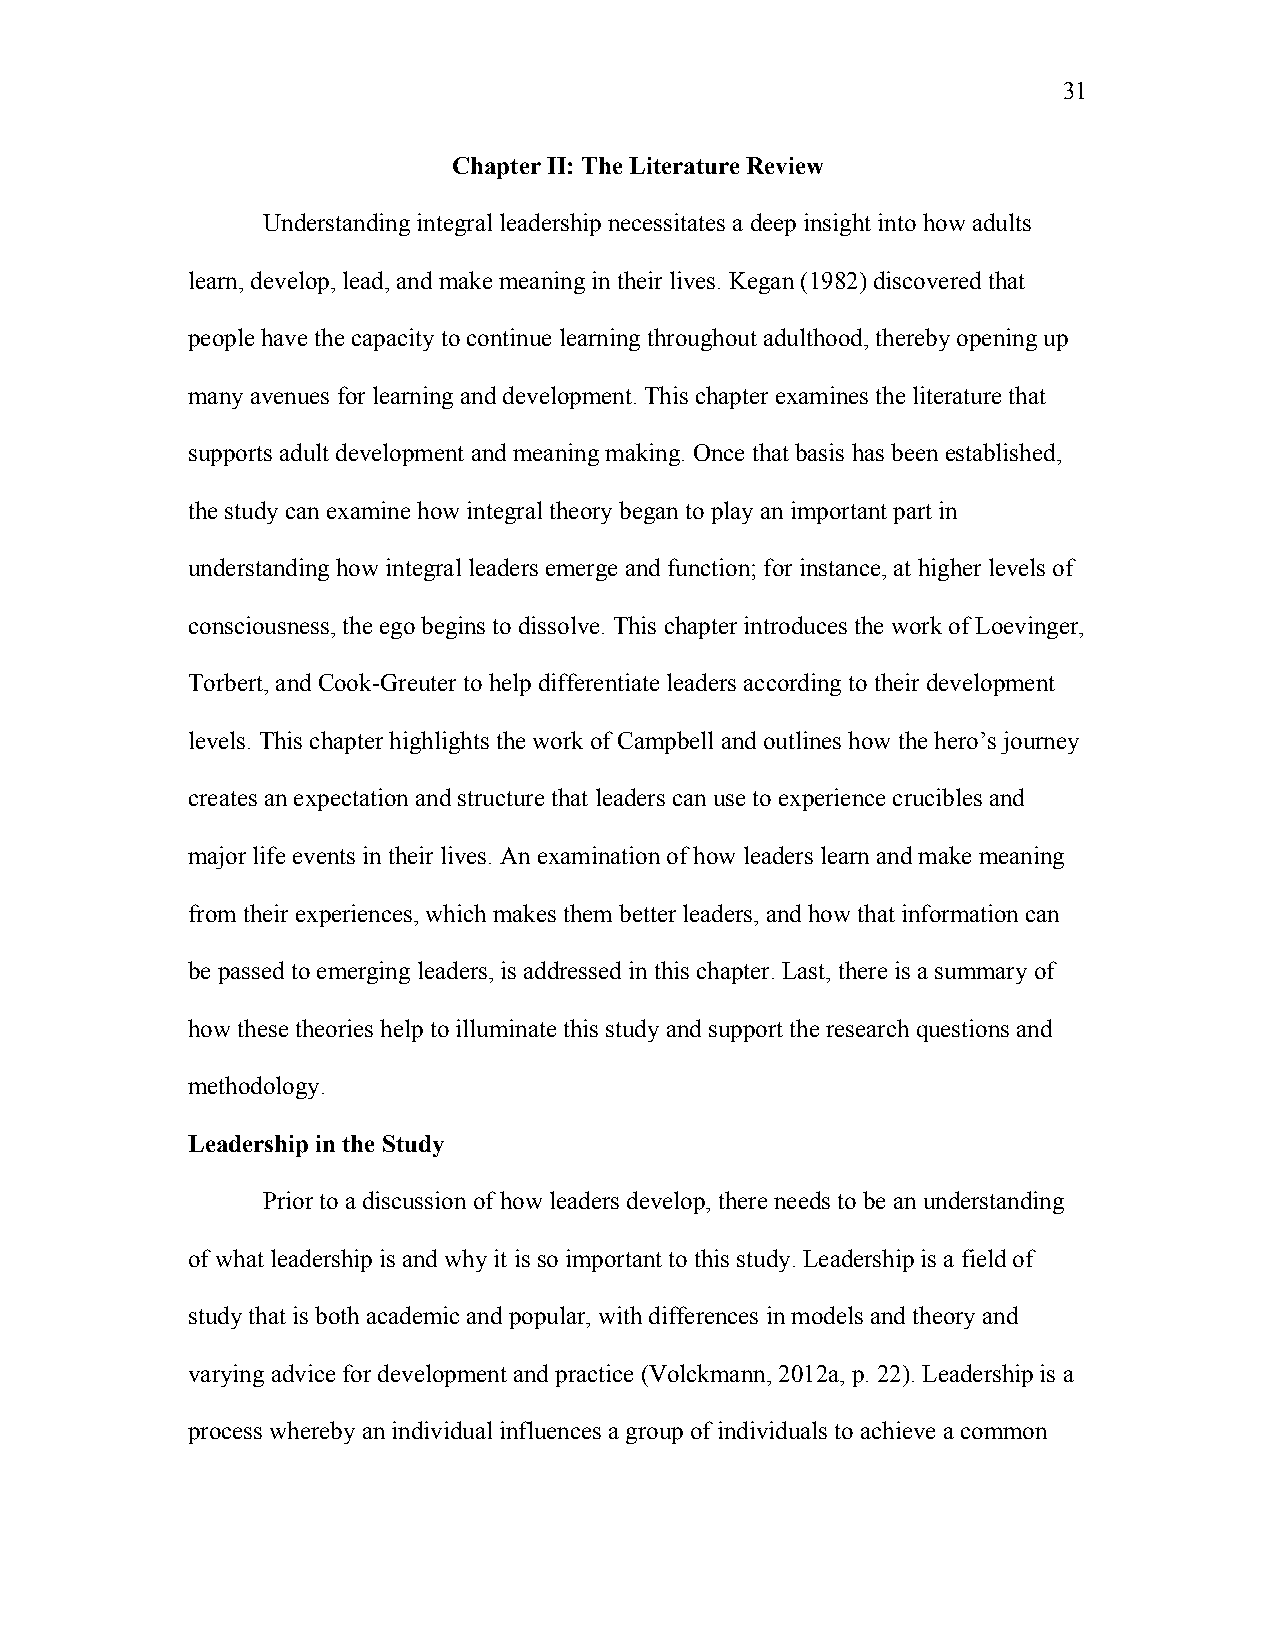
31
 Chapter II: The Literature Review
 Understanding integral leadership necessitates a deep insight into how adults
 learn, develop, lead, and make meaning in their lives. Kegan (1982) discovered that
 people have the capacity to continue learning throughout adulthood, thereby opening up
 many avenues for learning and development. This chapter examines the literature that
 supports adult development and meaning making. Once that basis has been established,
 the study can examine how integral theory began to play an important part in
 understanding how integral leaders emerge and function; for instance, at higher levels of
 consciousness, the ego begins to dissolve. This chapter introduces the work of Loevinger,
 Torbert, and Cook-Greuter to help differentiate leaders according to their development
 levels. This chapter highlights the work of Campbell and outlines how the hero’s journey
 creates an expectation and structure that leaders can use to experience crucibles and
 major life events in their lives. An examination of how leaders learn and make meaning
 from their experiences, which makes them better leaders, and how that information can
 be passed to emerging leaders, is addressed in this chapter. Last, there is a summary of
 how these theories help to illuminate this study and support the research questions and
 methodology.
 Leadership in the Study
 Prior to a discussion of how leaders develop, there needs to be an understanding
 of what leadership is and why it is so important to this study. Leadership is a field of
 study that is both academic and popular, with differences in models and theory and
 varying advice for development and practice (Volckmann, 2012a, p. 22). Leadership is a
 process whereby an individual influences a group of individuals to achieve a common